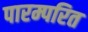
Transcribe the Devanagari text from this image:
पारम्परित